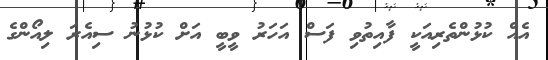
އެއް ކުޅުންތެރިއަކީ ފާއިތުވި ފަސް އަހަރު ވީބީ އަށް ކުޅުނު ސިއެރަ ލިއޯންގެ